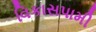
વિકાસપામી